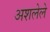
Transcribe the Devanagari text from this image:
अशलेले